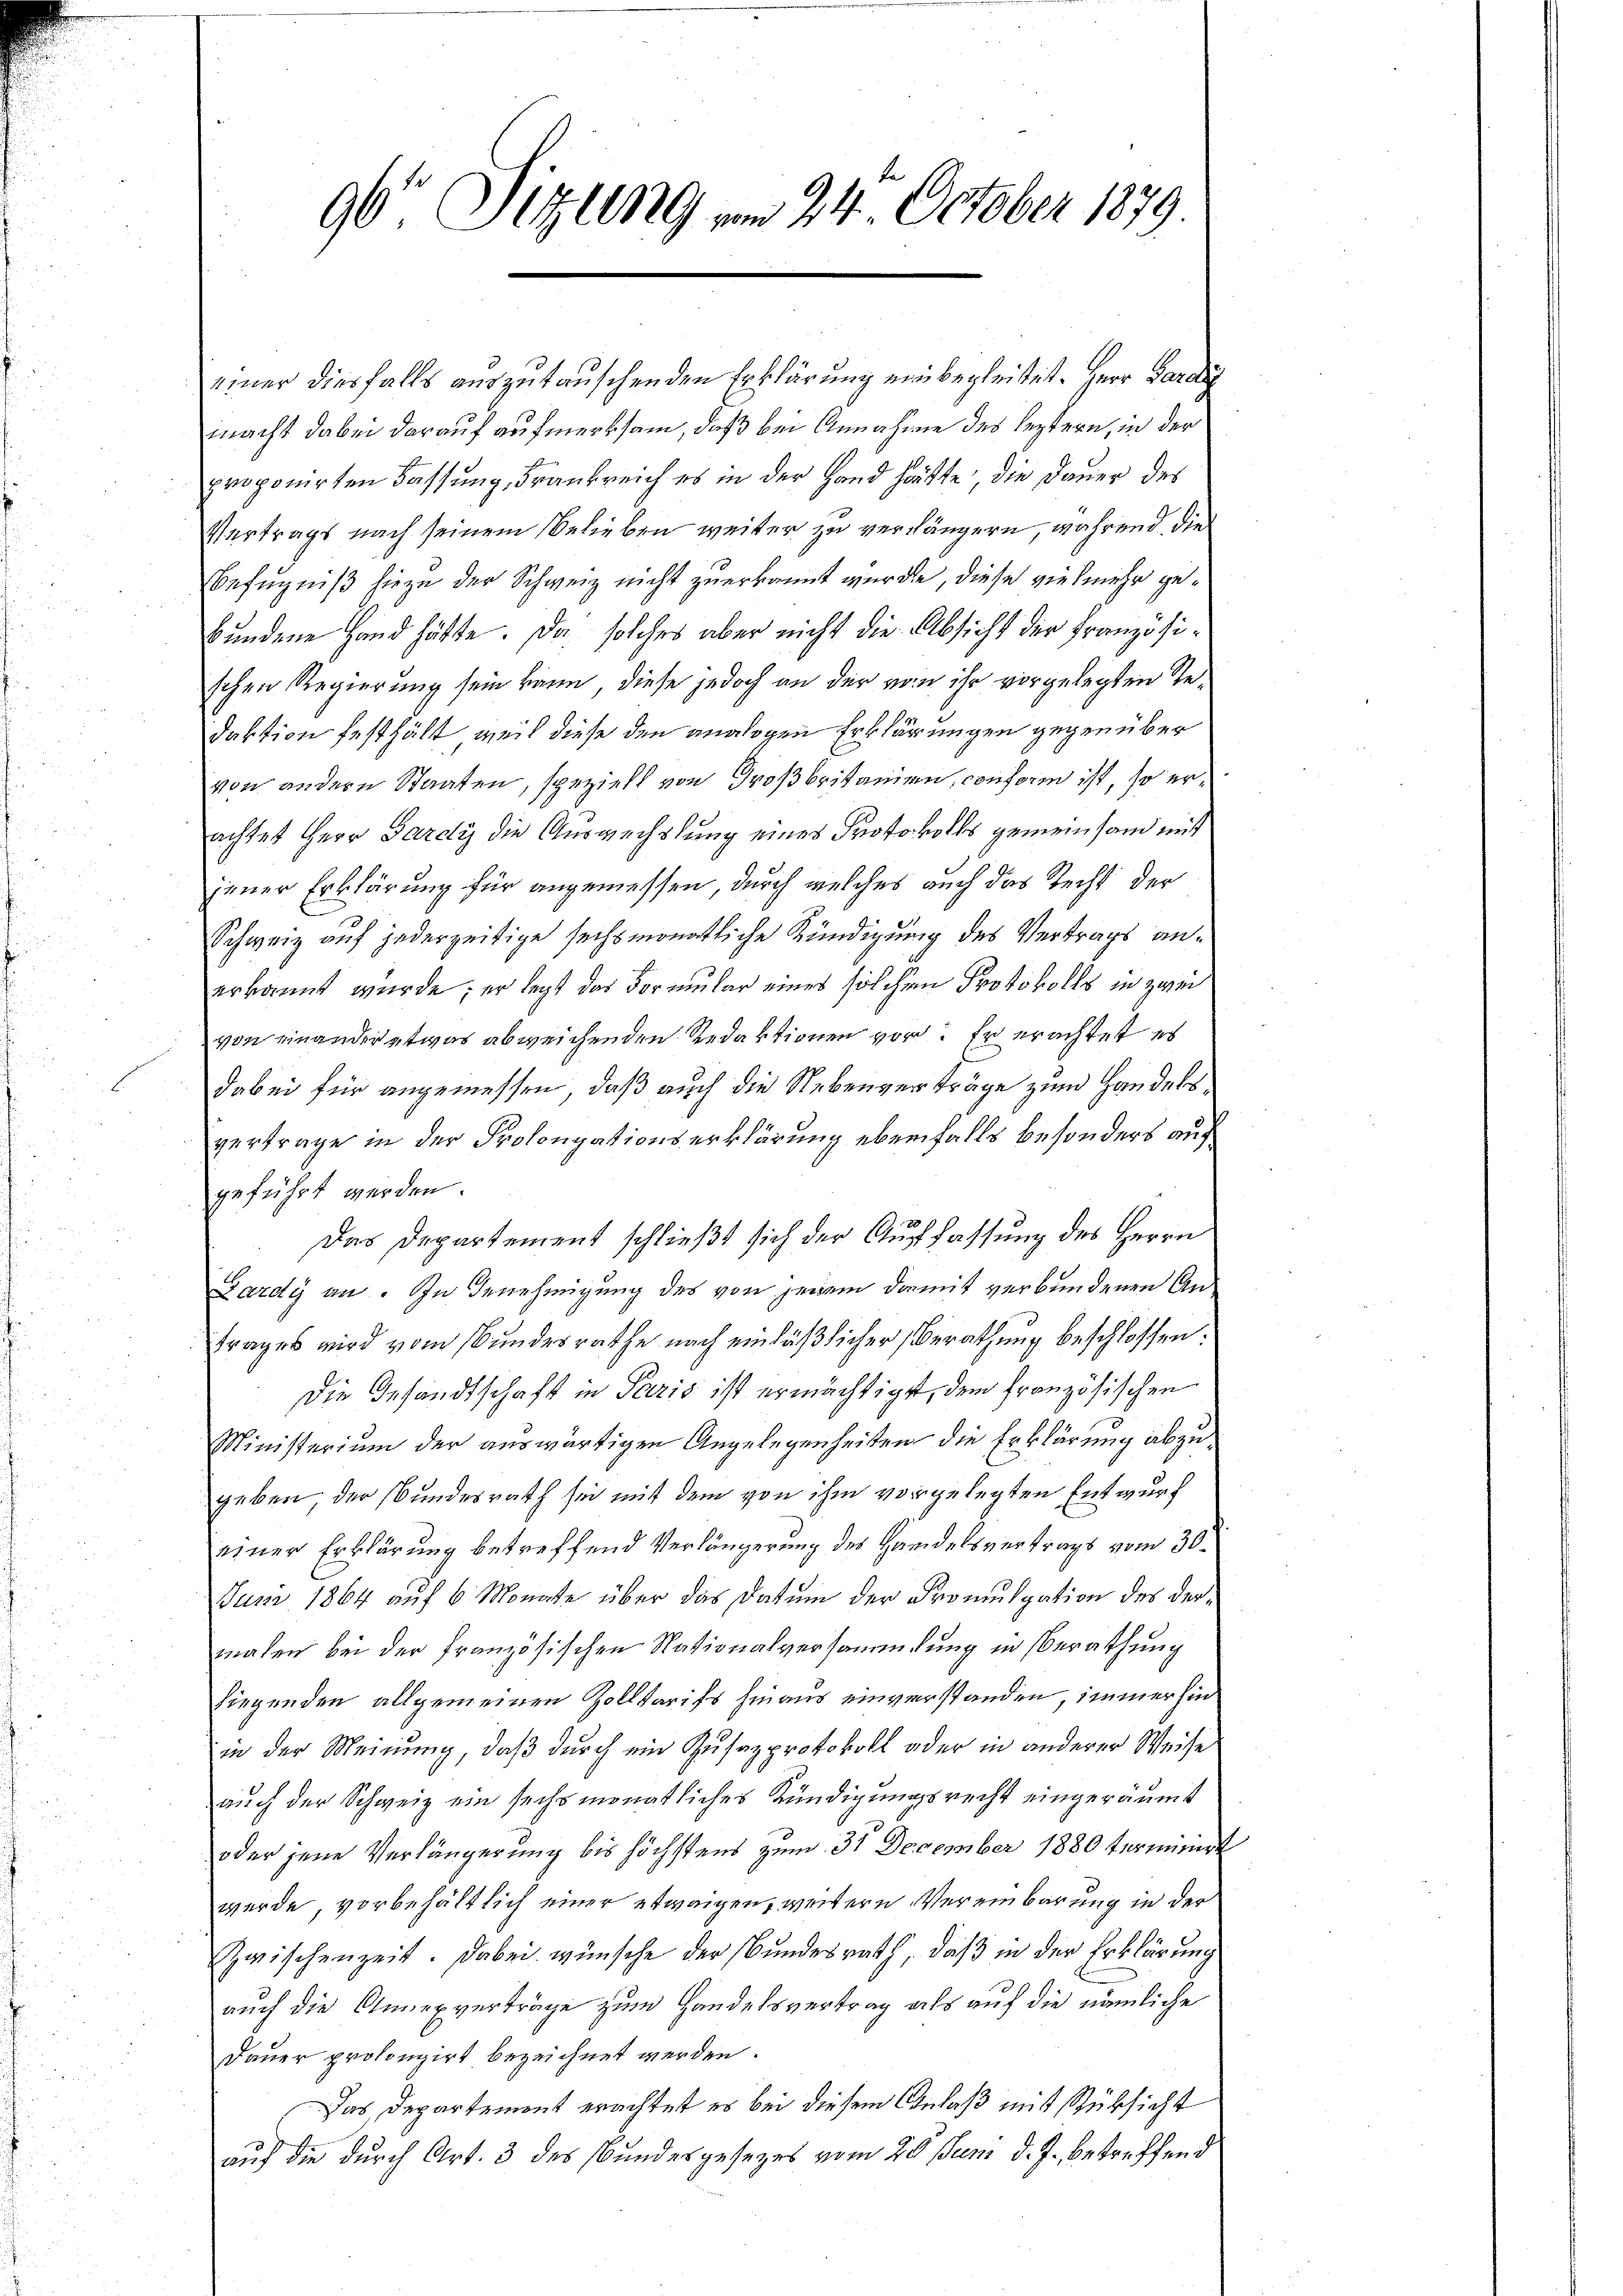
96 Sizung vom 24. October 1879.

einer diesfalls auszutauschenden Erklärung einbegleitet. Herr Pardi
macht dabei darauf aufmerksam, daß bei Annahme des leztern, in der
proponirten Fassung, Frankreich es in der Hand hätte die Dauer des
Vertrags nach seinem belieben weiter zu verhängern, während die
Befugniß hiezu der Schweiz nicht zuerkannt wurde, diese vielmehr gebundene Hand hätte. Da solches aber nicht die Absicht der Französischen Regierung sein kann, diese jedoch an der von ihr vorgelegten Sedaktion festhält, weil diese den analogen Erklärungen gegenüber
von andern Staaten, speziell von Großbritanien, conform ist, so erachtet Herr Pardy die Auswechslung eines Protokolls gemeinsam mit
jener Erklärung für angemessen, durch welches auch das Recht der
Schweiz auf jederzeitige sechsmonatliche Kündigung des Vertrags anerkannt wurde; er legt das Formular eines solchen Protokolls in zwei
von einander etwas abweichenden Redaktionen vor. Er erachtet es
dabei für angemessen, daß auch die Nebenverträge zum Handelsvertrage in der Prolongationserklärung ebenfalls besonders auf
geführt werden.
Das Departement schließt sich der Auffassung des Herrn
Lardy an. In Genehmigung des von jenem damit verbundenen Antrages wird vom Bundesrathe nach einläßlicher Berathung beschlossen:
Die Gesandtschaft in Paris ist ermächtiget, dem französischen
Ministerium der auswärtigen Angelegenheiten die Erklärung abzugeben, der Bundesrath sei mit dem von ihm vorgelegten Entwurf
einer Erklärung betreffend Verlängerung des Handelsvertrags vom 30.
Juni 1864 auf 6 Monate über das Datum der Promulgation des dermalen bei der französischen Nationalversammlung in Berathung
liegenden allgemeinen Zolltarifs hinaus einverstanden, immer sind
in der Meinung, daß durch ein Zusazprotokoll oder in anderer Weise
auch der Schweiz ein sechsmonatliches Kündigungsrecht eingeräumt
oder jene Verlängerung bis höchstens zum 31 December 1880 terminirt
werde, vorbehältlich einer etwaigen, weitern Vereinbarung in der
zwischenzeit. Dabei wünsche der Bundesrath, daß in der Erklärung
auch die Annexverträge zum Handelsvertrag als auf die nämliche
Dauer prolongirt bezeichnet werden.
Das Departement erachtet es bei diesem Anlaß mit Rüksicht
auf die durch Art. 3 des Bundesgesezes vom 20 stum d. J., betreffend